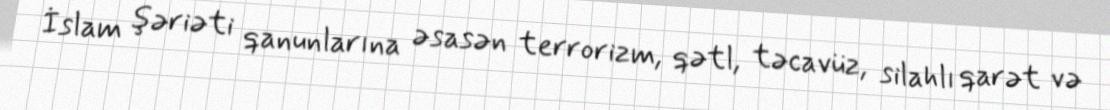
İslam şəriəti qanunlarına əsasən terrorizm, qətl, təcavüz, silahlı qarət və